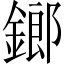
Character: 鎯